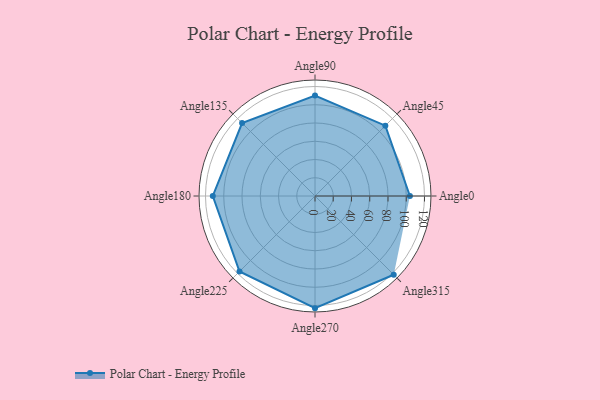
{"axis": {"x": "Angle", "y": "Radius"}, "legend": [""], "data": [{"x": "Angle0", "y": 104.0, "type": ""}, {"x": "Angle45", "y": 109.0, "type": ""}, {"x": "Angle90", "y": 110.0, "type": ""}, {"x": "Angle135", "y": 113.0, "type": ""}, {"x": "Angle180", "y": 112.0, "type": ""}, {"x": "Angle225", "y": 117.0, "type": ""}, {"x": "Angle270", "y": 123.0, "type": ""}, {"x": "Angle315", "y": 122.0, "type": ""}]}